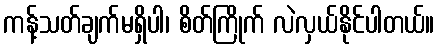
ကန့်သတ်ချက်မရှိပါ၊ စိတ်ကြိုက် လဲလှယ်နိုင်ပါတယ်။